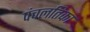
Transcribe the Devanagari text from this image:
पंचलतिका